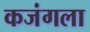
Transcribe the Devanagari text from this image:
कजंगला